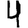
Digit: 4